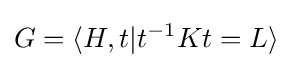
G=\langle H,t|t^{-1}Kt=L\rangle